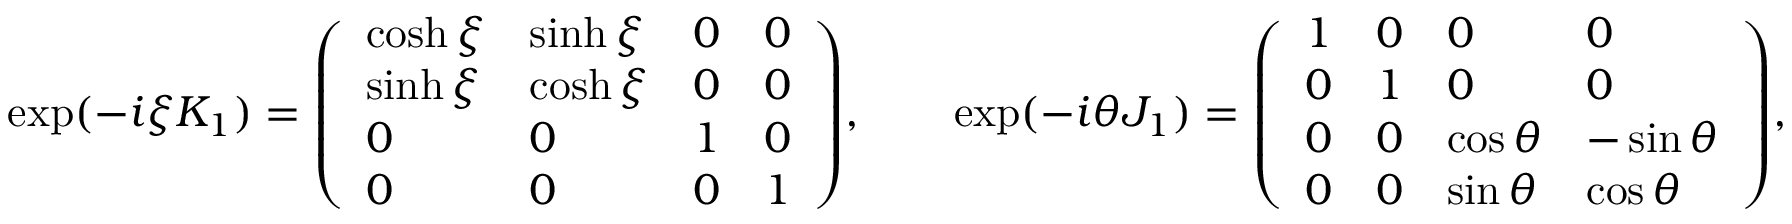
\exp ( - i \xi K _ { 1 } ) = { \left( \begin{array} { l l l l } { \cosh \xi } & { \sinh \xi } & { 0 } & { 0 } \\ { \sinh \xi } & { \cosh \xi } & { 0 } & { 0 } \\ { 0 } & { 0 } & { 1 } & { 0 } \\ { 0 } & { 0 } & { 0 } & { 1 } \end{array} \right) } , \qquad \exp ( - i \theta J _ { 1 } ) = { \left( \begin{array} { l l l l } { 1 } & { 0 } & { 0 } & { 0 } \\ { 0 } & { 1 } & { 0 } & { 0 } \\ { 0 } & { 0 } & { \cos \theta } & { - \sin \theta } \\ { 0 } & { 0 } & { \sin \theta } & { \cos \theta } \end{array} \right) } ,